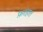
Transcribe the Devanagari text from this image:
फ़रहात